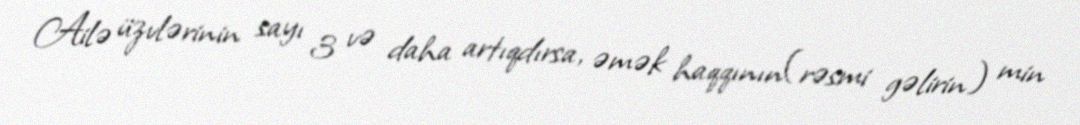
Ailə üzvlərinin sayı 3 və daha artıqdırsa, əmək haqqının(rəsmi gəlirin) min